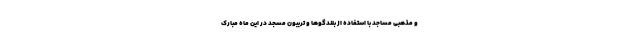
و مذهبی مساجد با استفاده از بلندگوها و تریبون مسجد در این ماه مبارک